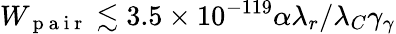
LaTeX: W_{\mathrm{~p~a~i~r~}}\lesssim 3.5\times 10^{-119}\alpha\lambda_{r}/\lambda_{C}\gamma_{\gamma}